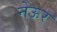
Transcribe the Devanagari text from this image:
नेऊर